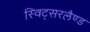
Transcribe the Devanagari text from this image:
स्विट्सरलैण्ड